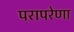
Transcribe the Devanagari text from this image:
परापरेणा